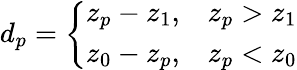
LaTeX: d_{p}=\left\{ \begin{array}{ll}{z_{p}-z_{1},}&{z_{p}>z_{1}}\\ {z_{0}-z_{p},}&{z_{p}<z_{0}}\end{array}\right.